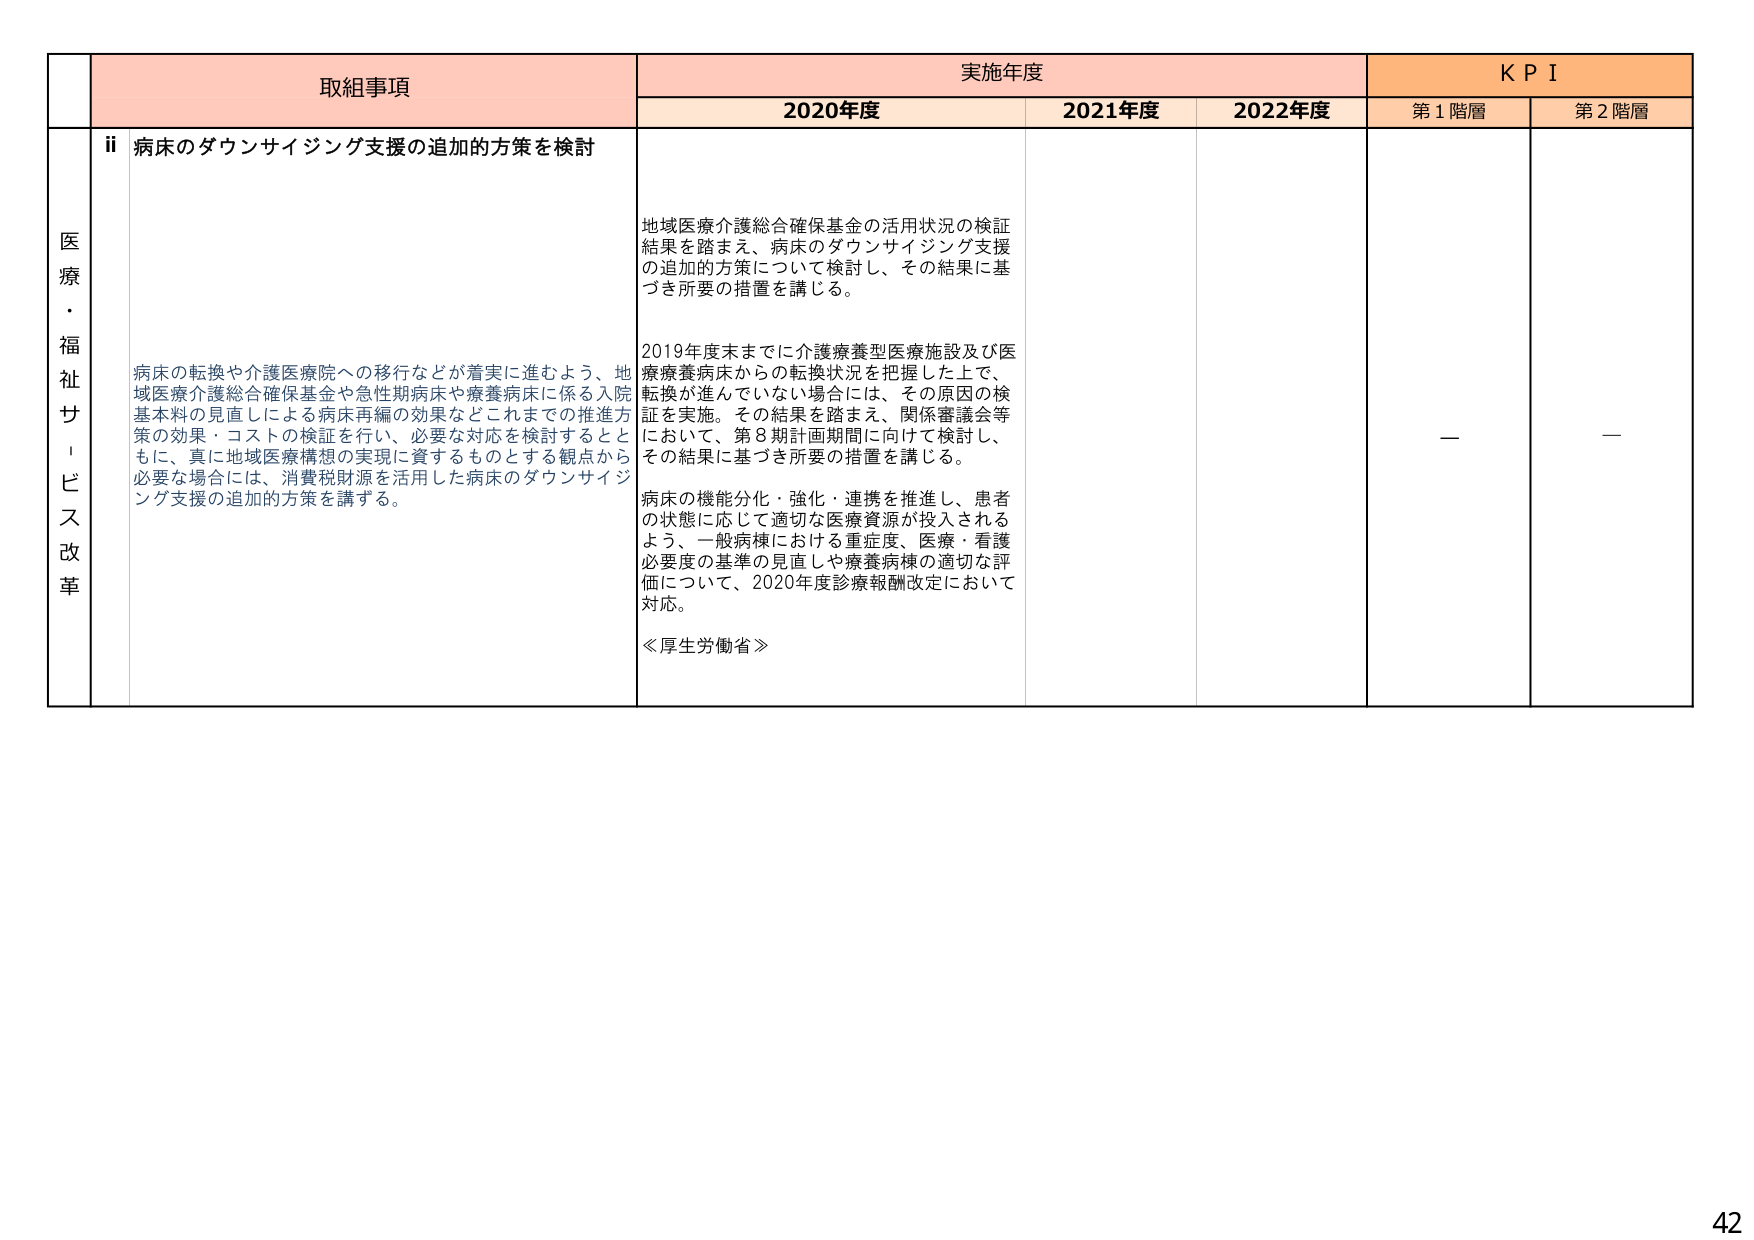
医療・福祉サービス改革

取組事項
ii 病床のダウンサイジング支援の追加の方策を検討

病床の転換や介護医療院への移行などが着実に進むよう、地域医療介護総合確保基金や急性期病床や療養病床に係る入院基本料の見直しによる病床再編の効果などこれまでの推進方策の効果・コストの検証を行い、必要な対応を検討するとともに、真に地域医療構想の実現に資するものとする観点から必要な場合には、消費税財源を活用した病床のダウンサイジング支援の追加の方策を講ずる。

実施年度
2020年度
地域医療介護総合確保基金の活用状況の検証結果を踏まえ、病床のダウンサイジング支援の追加の方策について検討し、その結果に基づき所要の措置を講じる。

2019年度末までに介護療養型医療施設及び医療療養病床からの転換状況を把握した上で、転換が進んでいない場合には、その原因の検証を実施。その結果を踏まえ、関係審議会等において、第8期計画期間に向けて検討し、その結果に基づき所要の措置を講じる。

病床の機能分化・強化・連携を推進し、患者の状態に応じて適切な医療資源が投入されるよう、一般病棟における重症度、医療・看護必要度の基準の見直しや療養病棟の適切な評価について、2020年度診療報酬改定において対応。

≪厚生労働省≫

2021年度
2022年度

KPI
第1階層
ー
第2階層
ー

42